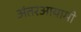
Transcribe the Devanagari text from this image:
अंतरआयामी